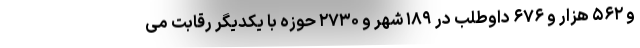
و ۵۶۲ هزار و ۶۷۶ داوطلب در ۱۸۹ شهر و ۲۷۳۰ حوزه با یکدیگر رقابت می